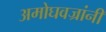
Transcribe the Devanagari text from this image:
अमोघवज्रांनी